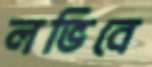
লভিবে